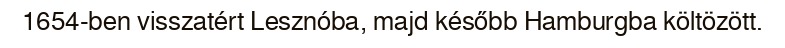
1654-ben visszatért Lesznóba, majd később Hamburgba költözött.